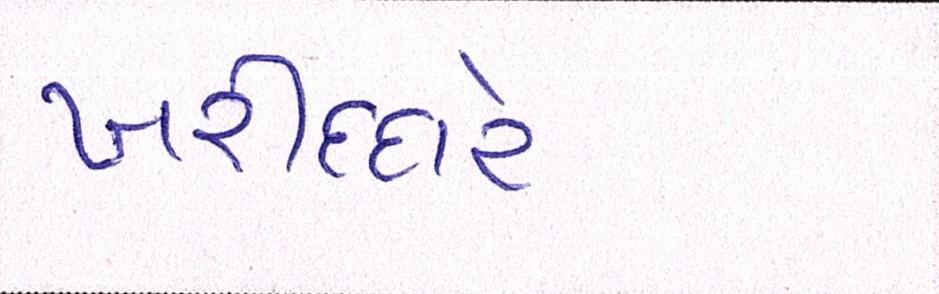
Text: ખરીદદારે